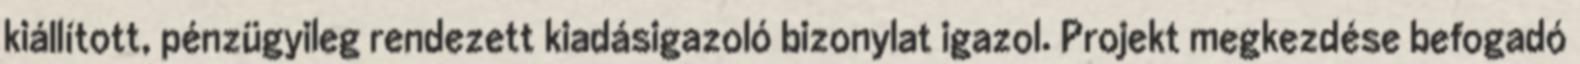
kiállított, pénzügyileg rendezett kiadásigazoló bizonylat igazol. Projekt megkezdése befogadó